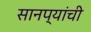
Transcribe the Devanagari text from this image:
सानप्यांची